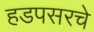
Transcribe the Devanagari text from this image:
हडपसरचे